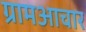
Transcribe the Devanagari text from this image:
ग्रामआचार